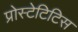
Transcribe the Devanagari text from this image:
प्रोस्टेटिटिस